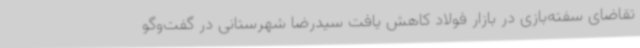
تقاضای سفته‌بازی در بازار فولاد کاهش یافت سیدرضا شهرستانی در گفت‌وگو